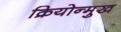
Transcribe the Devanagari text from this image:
क्रियोन्मुख